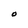
Character: O